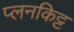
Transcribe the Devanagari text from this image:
प्लनकिट्ट